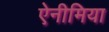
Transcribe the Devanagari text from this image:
ऐनीमिया